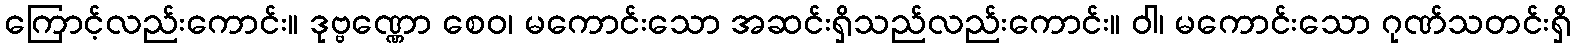
ကြောင့်လည်းကောင်း။ ဒုဗ္ဗဏ္ဏော စေဝ၊ မကောင်းသော အဆင်းရှိသည်လည်းကောင်း။ ဝါ၊ မကောင်းသော ဂုဏ်သတင်းရှိ